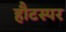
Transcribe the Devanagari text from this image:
हौटस्पर